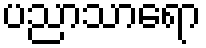
ပညာသာရော